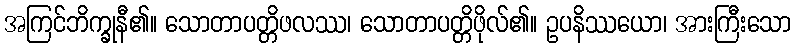
အကြင်ဘိက္ခုနီ၏။ သောတာပတ္တိဖလဿ၊ သောတာပတ္တိဖိုလ်၏။ ဥပနိဿယော၊ အားကြီးသော